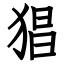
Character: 猖